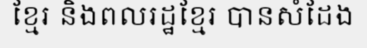
ខ្មែរ និងពលរដ្ឋខ្មែរ បានសំដែង